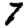
Digit: 7